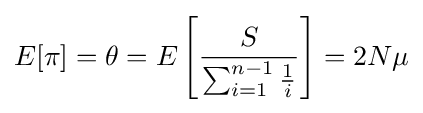
E[\pi ]=\theta =E\left[{\frac {S}{\sum _{i=1}^{n-1}{\frac {1}{i}}}}\right]=2N\mu